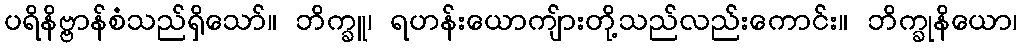
ပရိနိဗ္ဗာန်စံသည်ရှိသော်။ ဘိက္ခူ၊ ရဟန်းယောကျ်ားတို့သည်လည်းကောင်း။ ဘိက္ခုနိယော၊